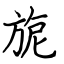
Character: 旎